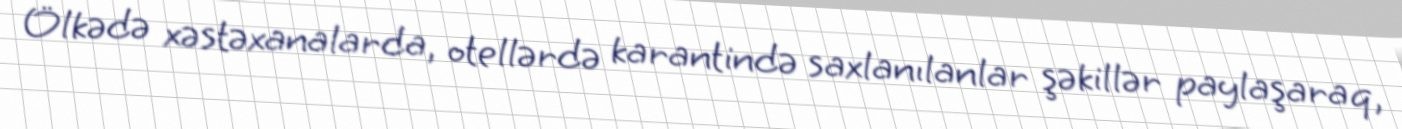
Ölkədə xəstəxanalarda, otellərdə karantində saxlanılanlar şəkillər paylaşaraq,